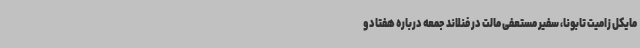
مایکل زامیت تابونا، سفیر مستعفی مالت در فنلاند جمعه درباره هفتاد و